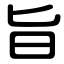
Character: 旨